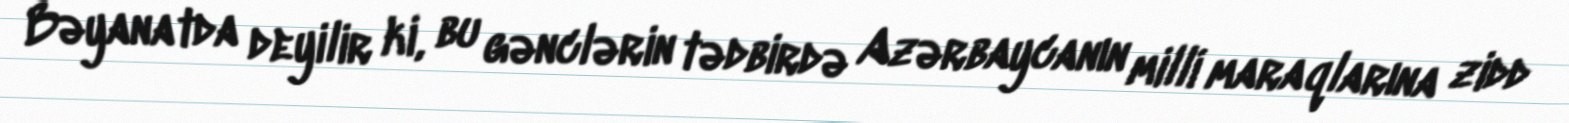
Bəyanatda deyilir ki, bu gənclərin tədbirdə Azərbaycanın milli maraqlarına zidd